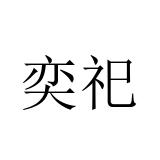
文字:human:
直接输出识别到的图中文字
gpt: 奕祀